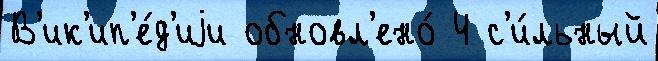
В'ик'ип'е́д'иjи обновл'ено́ 4 с'и́льный